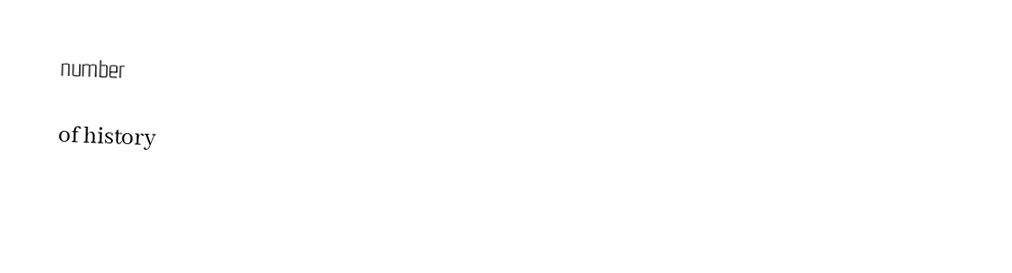
number

of history